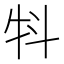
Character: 㸯